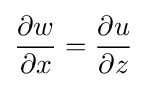
{\frac {\partial w}{\partial x}}={\frac {\partial u}{\partial z}}